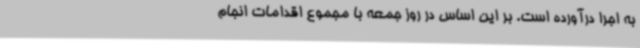
به اجرا درآورده است. بر این اساس در روز جمعه با مجموع اقدامات انجام